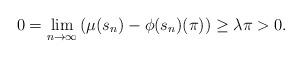
LaTeX: \begin{align*}0=\lim_{n\to \infty}\left(\mu(s_n)-\phi(s_n)(\pi)\right)\geq \lambda \pi>0.\end{align*}